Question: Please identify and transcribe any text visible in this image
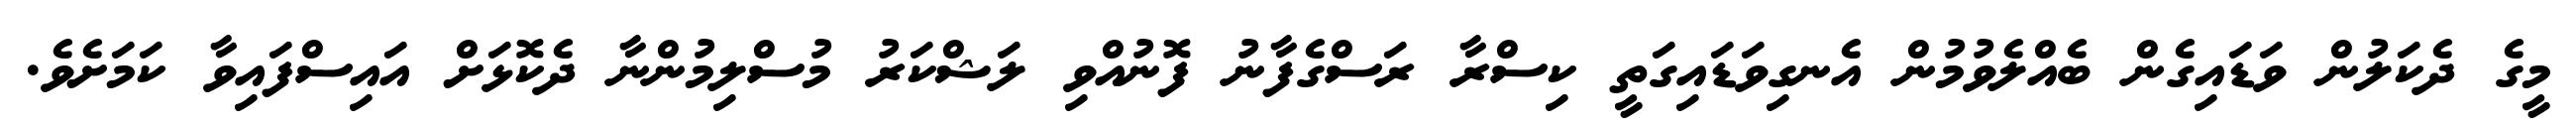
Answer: މީގެ ދެކަލުން ވަޑައިގެން ބެއްލެވުމުން އެނގިވަޑައިގަތީ ކިސްރާ ރަސްގެފާނު ފޮނުއްވި ލަޝްކަރު މުސްލިމުންނާ ދެކޮޅަށް އައިސްފައިވާ ކަމަށެވެ.